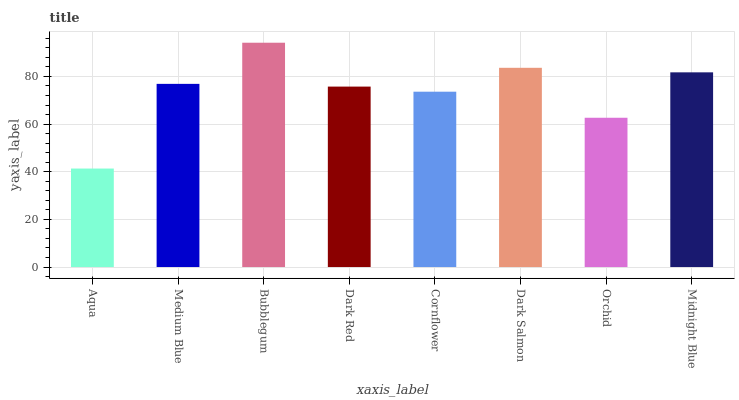
| xaxis_label | bars |
 | --- | --- |
 | Aqua | 41.3 |
 | Medium Blue | 76.9 |
 | Bubblegum | 94.2 |
 | Dark Red | 75.7 |
 | Cornflower | 73.6 |
 | Dark Salmon | 83.6 |
 | Orchid | 62.7 |
 | Midnight Blue | 81.7 |